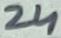
Text: 24